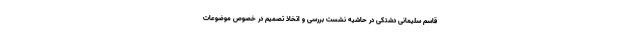
قاسم سلیمانی دشتکی در حاشیه نشست بررسی و اتخاذ تصمیم در خصوص موضوعات